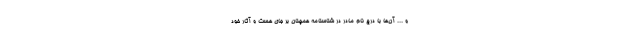
و ... آن‌ها با درج نام مادر در شناسنامه همچنان بر جای هست و آثار خود